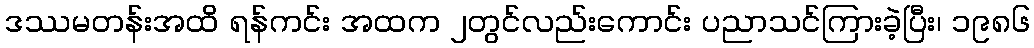
ဒဿမတန်းအထိ ရန်ကင်း အထက ၂တွင်လည်းကောင်း ပညာသင်ကြားခဲ့ပြီး၊ ၁၉၈၆